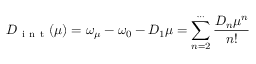
D _ { \mathrm { ~ i ~ n ~ t ~ } } ( \mu ) = \omega _ { \mu } - \omega _ { 0 } - D _ { 1 } \mu = \sum _ { n = 2 } ^ { \cdots } \frac { D _ { n } \mu ^ { n } } { n ! }